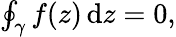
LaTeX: \begin{array}{r}{\oint_{\gamma}f(z)\, \mathrm{d}z=0,}\end{array}